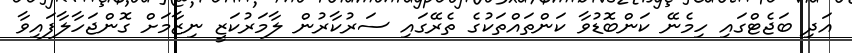
އަދި ބަޖެޓްގައި ހިމެނޭ ކަންބޮޑުވާ ކަންތައްތަކުގެ ތެރޭގައި ސަރުކާރުން ލާމަރުކަޒީ ނިޒާމަށް ގޮންޖަހާލާފައިވާ